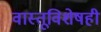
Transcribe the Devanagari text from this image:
वास्तूविशेषही